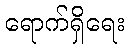
ရောက်ရှိရေး